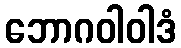
ဘောဂဝါဝါဒံ